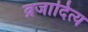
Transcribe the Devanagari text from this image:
व्रजादित्य